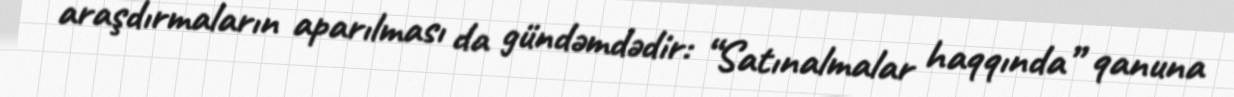
araşdırmaların aparılması da gündəmdədir: “Satınalmalar haqqında” qanuna